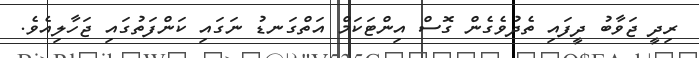
ރިދީ ޖަވާބު ދީފައި ތެދުވެގެން ގޮސް އިންޓަކަމް އަތްގަނޑު ނަގައި ކަންފަތުގައި ޖަހާލިއެވެ.